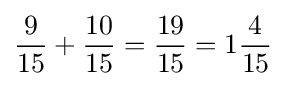
{\frac {9}{15}}+{\frac {10}{15}}={\frac {19}{15}}=1{\frac {4}{15}}